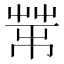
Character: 𦮅